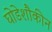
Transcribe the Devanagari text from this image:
घोडेशौकीन